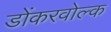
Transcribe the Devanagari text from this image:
डोंकरवोल्क